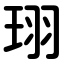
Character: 珝